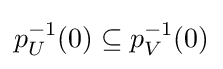
p_{U}^{-1}(0)\subseteq p_{V}^{-1}(0)